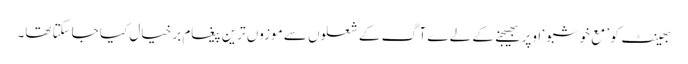
بھینٹ کو ’ مع خوشبو ‘ اوپر بھیجنے کے لے ے آگ کے شعلوں سے موزوں ترین پیغام بر خیال کیا جاسکتا تھا۔